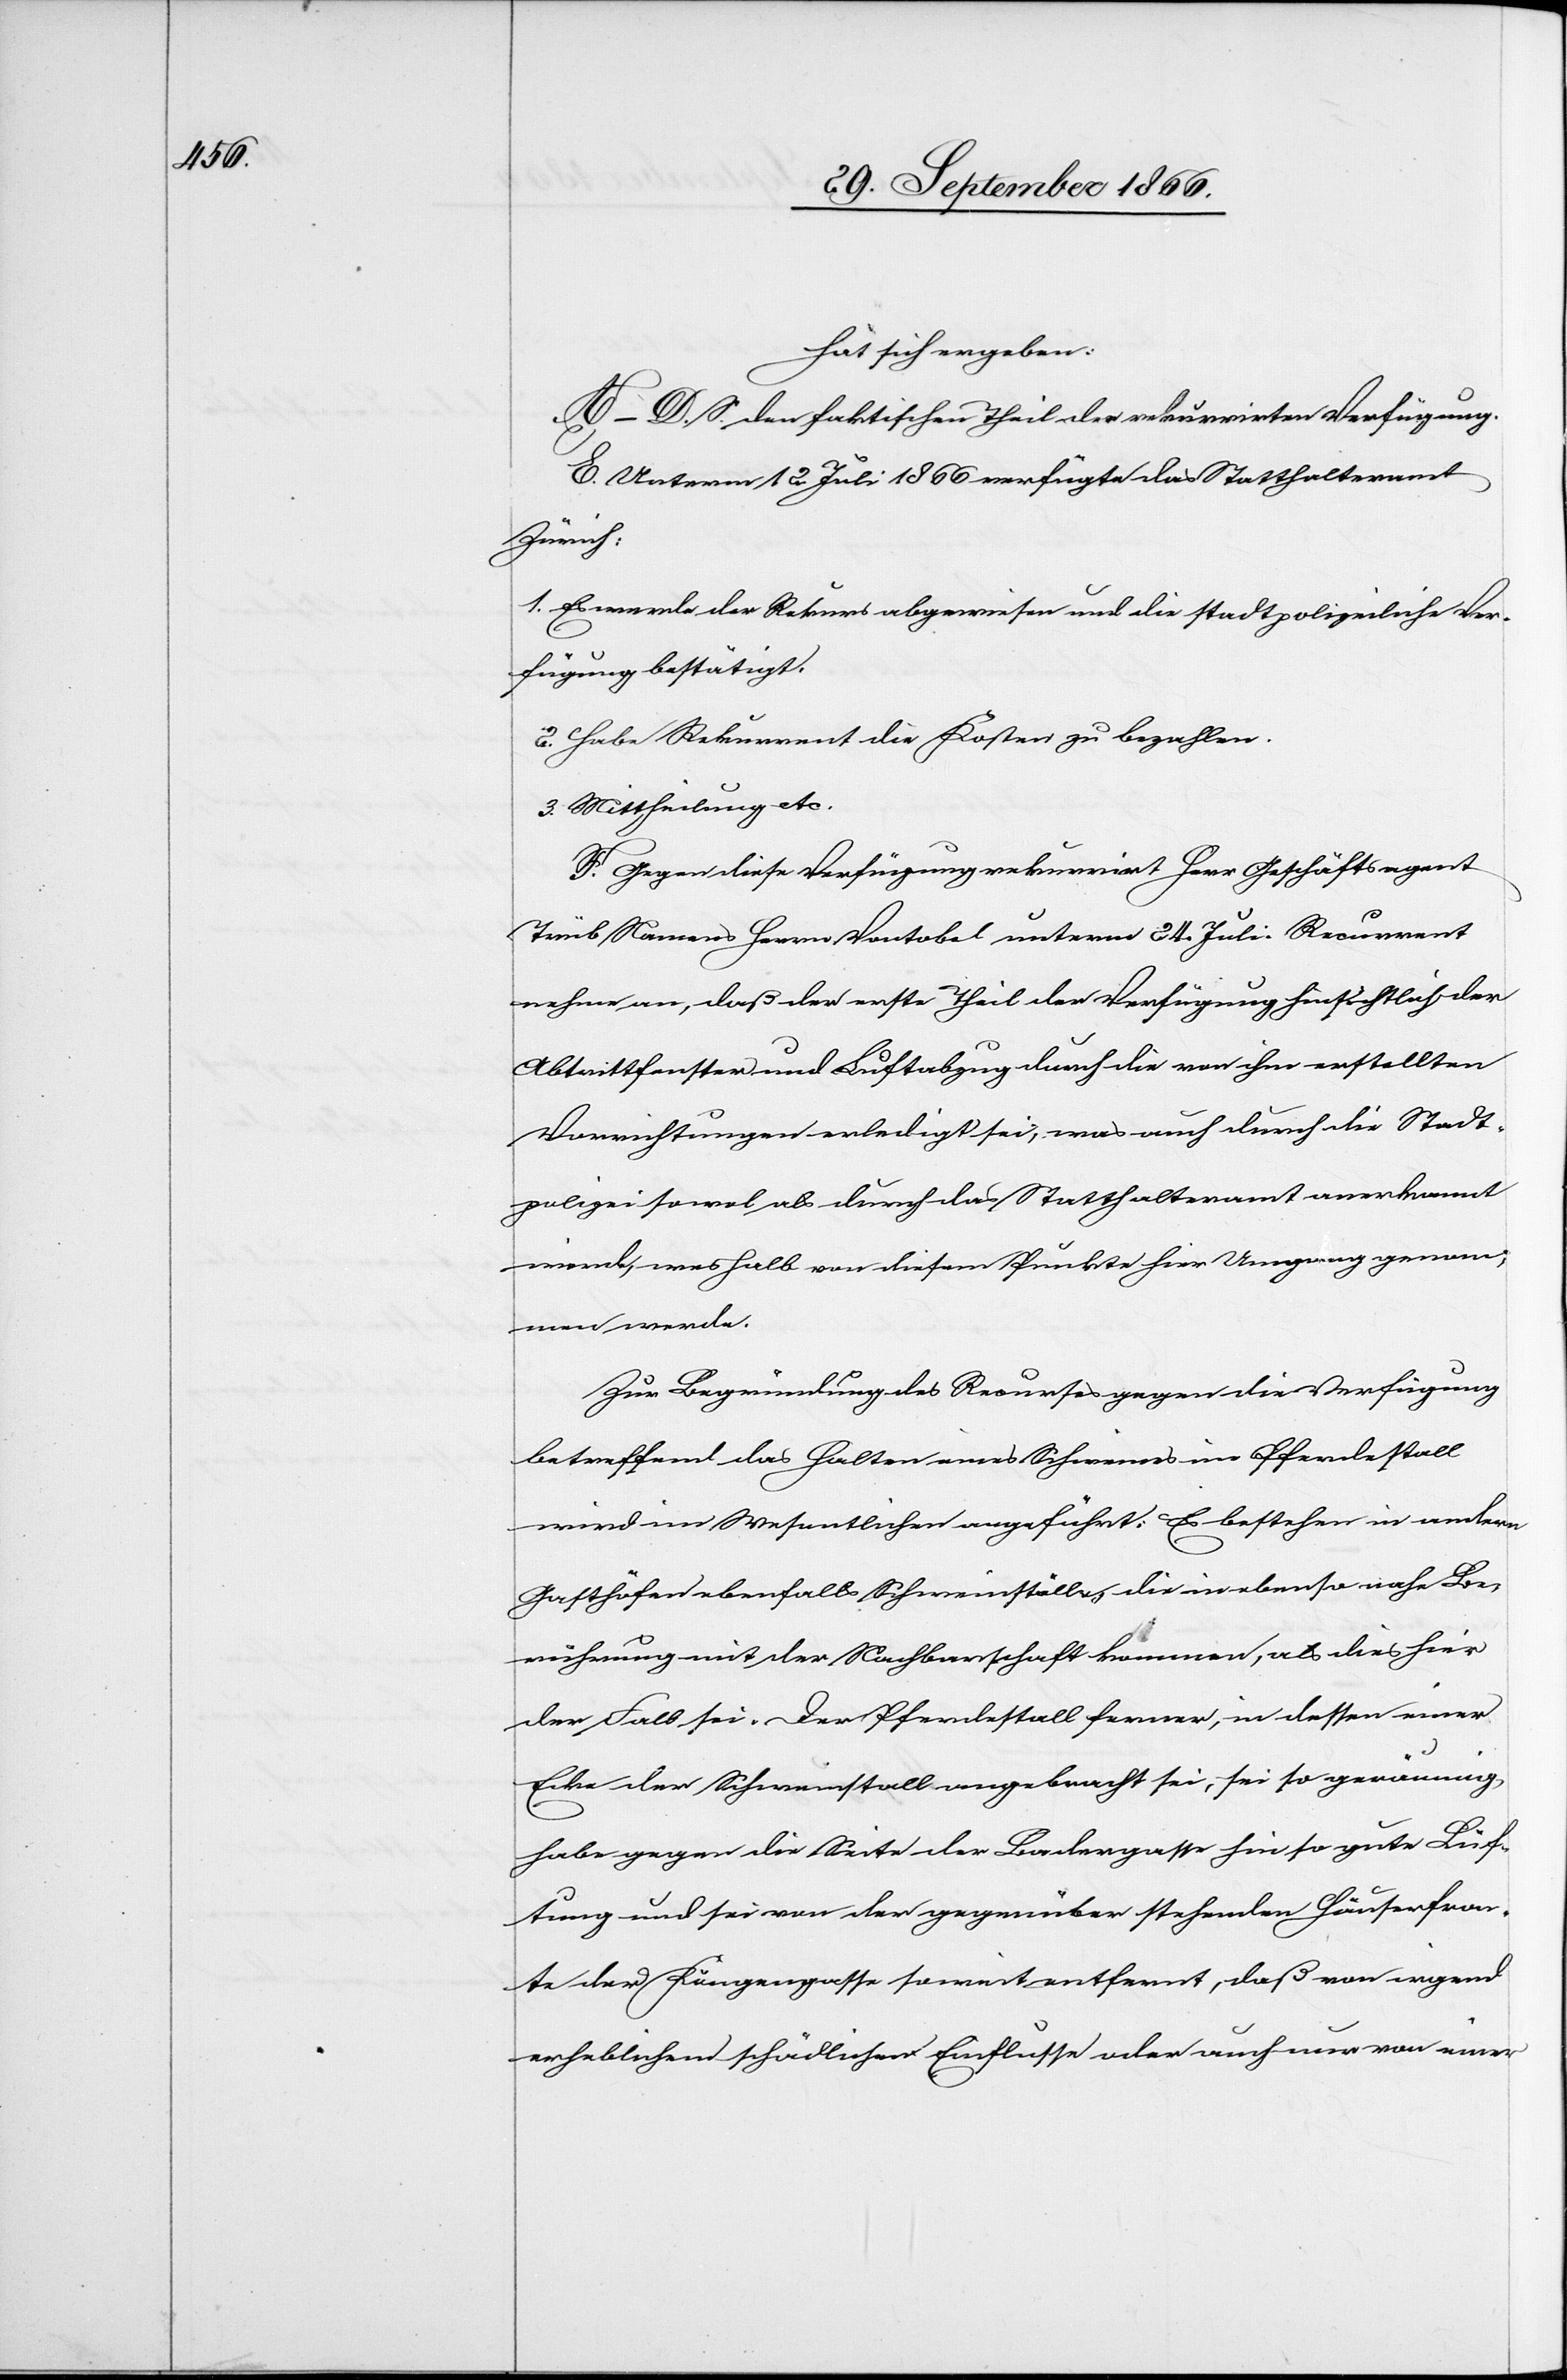
hat sich ergeben:
A–D. S. den faktischen Theil der rekurrirten Verfügung.
E. Unterm 12. Juli 1866 verfügte das Statthalteramt
Zürich:
1. Es werde der Rekurs abgewiesen und die stadtpolizeiliche Ver¬
fügung bestätigt.
2. Habe Rekurrent die Kosten zu bezahlen.
3. Mittheilung etc.
F. Gegen diese Verfügung rekurrirt Herr Geschäftsagent
Trüb Namens Herrn Vontobel unterm 24. Juli. Recurrent
nehme an, daß der erste Theil der Verfügung hinsichtlich der
Abtrittfenster und Luftabzug durch die von ihm erstellten
Vorrichtungen erledigt, was auch durch die Stadt¬
polizei sowol als durch das Statthalteramt anerkannt
werde, weshalb von diesem Punkte hier Umgang genom¬
men werde.
Zur Begründung des Recurses gegen die Verfügung
betreffend das Halten eines Schweines im Pferdestall
wird im Wesentlichen angeführt: Es bestehen in andern
Gasthöfen ebenfalls Schweinställe, die in ebenso nahe Be¬
rührung mit der Nachbarschaft kommen, als dies hier
der Fall sei. Der Pferdestall ferner, in dessen einer
Ecke der Schweinstall angebracht sei, sei so geräumig,
habe gegen die Seite der Badergasse hin so gute Lüf¬
tung und sei von der gegenüber stehenden Häuserfron¬
t der Köngengasse so weit entfernt, daß von irgend
erheblichen schädlichen Einflusses oder auch nur von einer